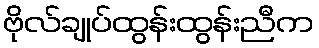
ဗိုလ်ချုပ်ထွန်းထွန်းညီက